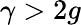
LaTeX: \gamma>2g